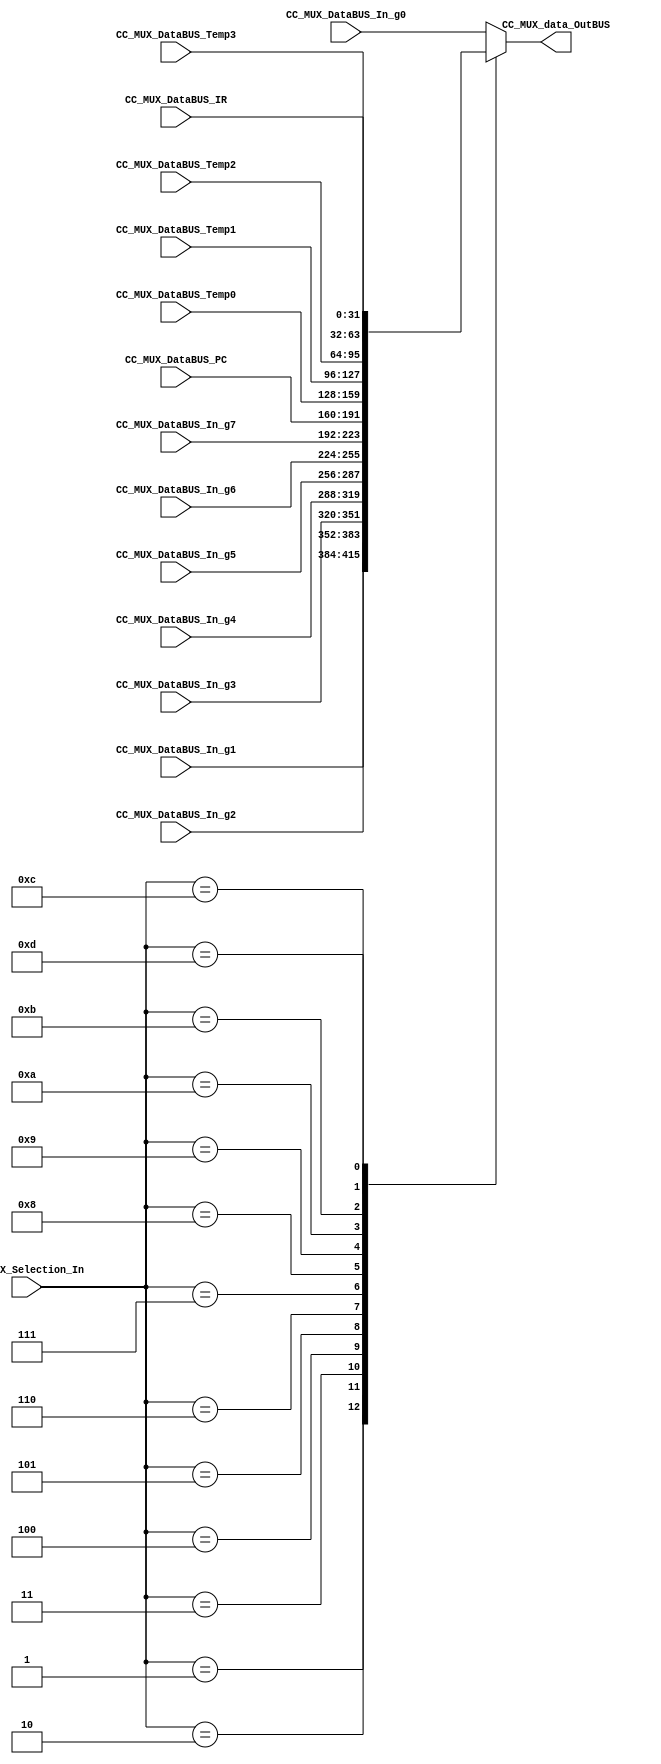
module CC_MUXX #(parameter DATAWIDTH_MUX_SELECTION=4, parameter DATAWIDTH_BUS=32)(
	//////////// OUTPUTS //////////
	CC_MUX_data_OutBUS,
	//////////// INPUTS //////////
	CC_MUX_DataBUS_In_g0,
	CC_MUX_DataBUS_In_g1,
	CC_MUX_DataBUS_In_g2,	
	CC_MUX_DataBUS_In_g3,	
	CC_MUX_DataBUS_In_g4,	
	CC_MUX_DataBUS_In_g5,	
	CC_MUX_DataBUS_In_g6,	
	CC_MUX_DataBUS_In_g7,	
	CC_MUX_DataBUS_PC,
	CC_MUX_DataBUS_Temp0,
	CC_MUX_DataBUS_Temp1,
	CC_MUX_DataBUS_Temp2,
	CC_MUX_DataBUS_Temp3,
	CC_MUX_DataBUS_IR,
	CC_MUX_Selection_In
);
//=======================================================
//  PARAMETER declarations
//=======================================================

//=======================================================
//  PORT declarations
//=======================================================
output reg	[DATAWIDTH_BUS-1:0] CC_MUX_data_OutBUS;
input			[DATAWIDTH_BUS-1:0] CC_MUX_DataBUS_In_g0;
input			[DATAWIDTH_BUS-1:0] CC_MUX_DataBUS_In_g1;
input			[DATAWIDTH_BUS-1:0] CC_MUX_DataBUS_In_g2;
input			[DATAWIDTH_BUS-1:0] CC_MUX_DataBUS_In_g3;
input			[DATAWIDTH_BUS-1:0] CC_MUX_DataBUS_In_g4;
input			[DATAWIDTH_BUS-1:0] CC_MUX_DataBUS_In_g5;
input			[DATAWIDTH_BUS-1:0] CC_MUX_DataBUS_In_g6;
input			[DATAWIDTH_BUS-1:0] CC_MUX_DataBUS_In_g7;
input			[DATAWIDTH_BUS-1:0] CC_MUX_DataBUS_PC;
input			[DATAWIDTH_BUS-1:0] CC_MUX_DataBUS_Temp0;
input			[DATAWIDTH_BUS-1:0] CC_MUX_DataBUS_Temp1;
input			[DATAWIDTH_BUS-1:0] CC_MUX_DataBUS_Temp2;
input			[DATAWIDTH_BUS-1:0] CC_MUX_DataBUS_Temp3;
input			[DATAWIDTH_BUS-1:0] CC_MUX_DataBUS_IR;
input			[DATAWIDTH_MUX_SELECTION-1:0] CC_MUX_Selection_In;
//=======================================================
//  REG/WIRE declarations
//=======================================================

//=======================================================
//  Structural coding
//=======================================================
//INPUT LOGIC: COMBINATIONAL
always@(*)
begin
	case (CC_MUX_Selection_In)	
		
		//General registers
		4'b0000: CC_MUX_data_OutBUS = CC_MUX_DataBUS_In_g0;
		4'b0001: CC_MUX_data_OutBUS = CC_MUX_DataBUS_In_g1;
		4'b0010: CC_MUX_data_OutBUS = CC_MUX_DataBUS_In_g2;
		4'b0011: CC_MUX_data_OutBUS = CC_MUX_DataBUS_In_g3;
		4'b0100: CC_MUX_data_OutBUS = CC_MUX_DataBUS_In_g4;
		4'b0101: CC_MUX_data_OutBUS = CC_MUX_DataBUS_In_g5;
		4'b0110: CC_MUX_data_OutBUS = CC_MUX_DataBUS_In_g6;
		4'b0111: CC_MUX_data_OutBUS = CC_MUX_DataBUS_In_g7;
				
		//Specifig registers
				
		4'b1000: CC_MUX_data_OutBUS = CC_MUX_DataBUS_PC;
		4'b1001: CC_MUX_data_OutBUS = CC_MUX_DataBUS_Temp0;
		4'b1010: CC_MUX_data_OutBUS = CC_MUX_DataBUS_Temp1;
		4'b1011: CC_MUX_data_OutBUS = CC_MUX_DataBUS_Temp2;
		4'b1100: CC_MUX_data_OutBUS = CC_MUX_DataBUS_Temp3;
		4'b1101: CC_MUX_data_OutBUS = CC_MUX_DataBUS_IR;

		default :   CC_MUX_data_OutBUS = CC_MUX_DataBUS_In_g0; // channel 0 is selected 
		
		
	endcase
end
//=======================================================
//  Outputs
//=======================================================
// OUTPUT LOGIC : COMBINATIONAL

endmodule